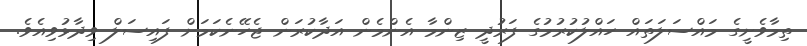
ތިމާވެށީގެ މައްސަލަތައް ހައްލުކުރުމުގެ ފަރުދީ ޒިންމާ އެންމެން އަދާކުރަން ޖެހޭނެކަމަށް ފައިސަލް ވިދާޅުވިއެވެ.